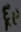
દૂર